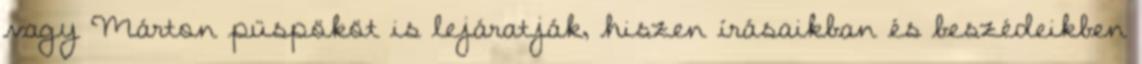
vagy Márton püspököt is lejáratják, hiszen írásaikban és beszédeikben